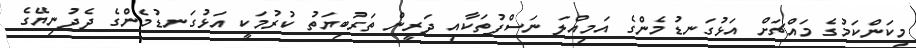
މިކަންކަމުގެ މައްޗަށް އަޅުގަނޑުމެންގެ އަމިއްލަ ނަސްފުތަކާއި ދަރީން ތަރުބިޔަތު ކުރުމަކީ އަޅުގަނޑުމެންގެ ދެދުނިޔޭގެ